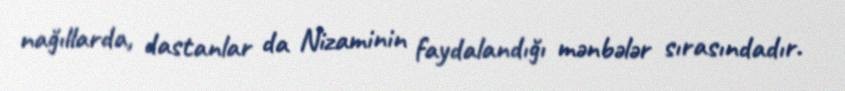
nağıllarda, dastanlar da Nizaminin faydalandığı mənbələr sırasındadır.